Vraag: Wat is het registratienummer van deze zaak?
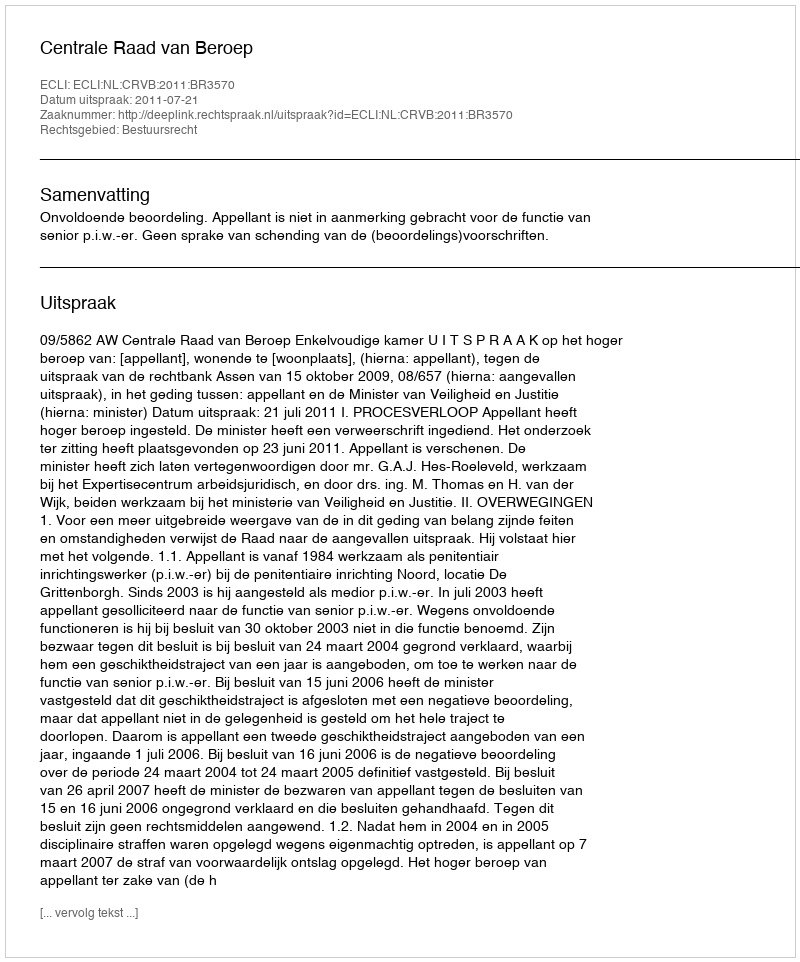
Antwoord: http://deeplink.rechtspraak.nl/uitspraak?id=ECLI:NL:CRVB:2011:BR3570